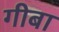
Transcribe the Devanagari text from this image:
गीबा